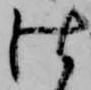
仕